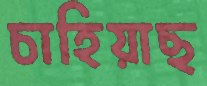
চাহিয়াছ